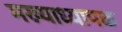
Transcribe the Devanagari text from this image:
मख्याध्यापक